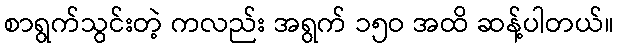
စာရွက်သွင်းတဲ့ ကလည်း အရွက် ၁၅ဝ အထိ ဆန့်ပါတယ်။